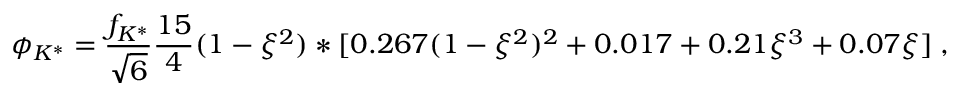
\phi _ { K ^ { * } } = \frac { f _ { K ^ { * } } } { \sqrt { 6 } } \frac { 1 5 } { 4 } ( 1 - \xi ^ { 2 } ) * [ 0 . 2 6 7 ( 1 - \xi ^ { 2 } ) ^ { 2 } + 0 . 0 1 7 + 0 . 2 1 \xi ^ { 3 } + 0 . 0 7 \xi ] \; ,